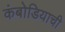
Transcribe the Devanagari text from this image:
कंबोडियाची